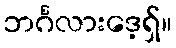
ဘင်္ဂလားဒေ့ရှ်။